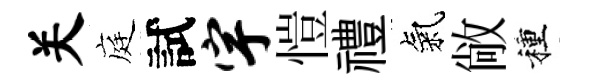
关庭試宇愷禮氣敞種